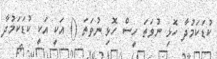
ކުޑަކަމުދާ ހޮޅި ނުވަތަ ހީސް ހޮޅި ނުވަތަ () އަކީ އަކީ ކުޑަކަމުދާ